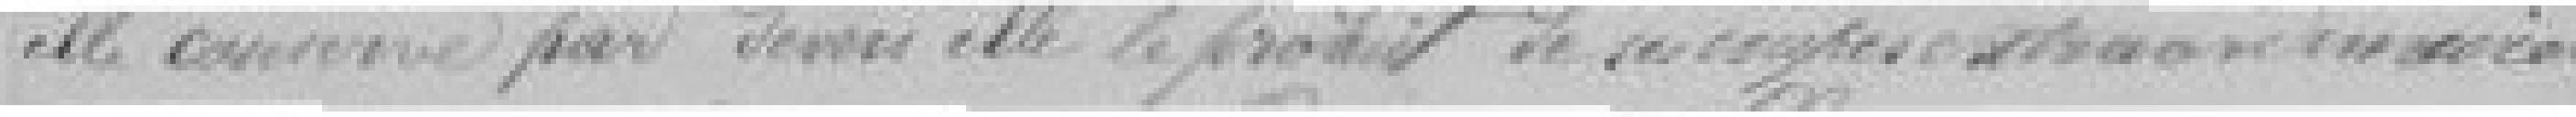
elle conserve par ?? elle le produit de ses coupes extraordinaires